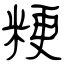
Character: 粳